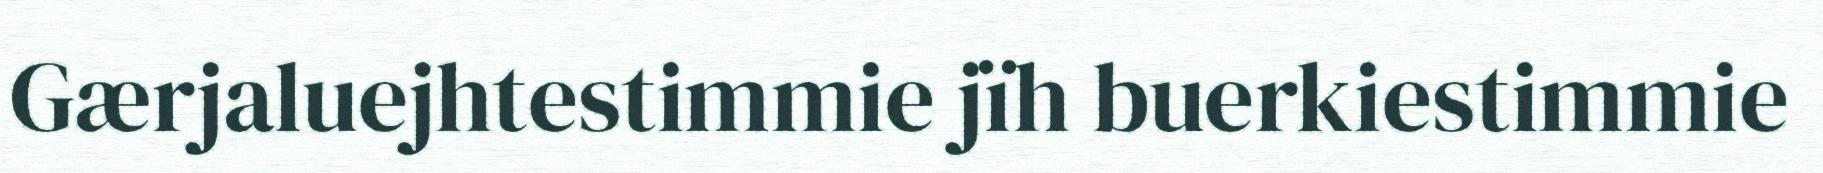
Gærjaluejhtestimmie jïh buerkiestimmie